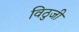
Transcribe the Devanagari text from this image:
विठुजी